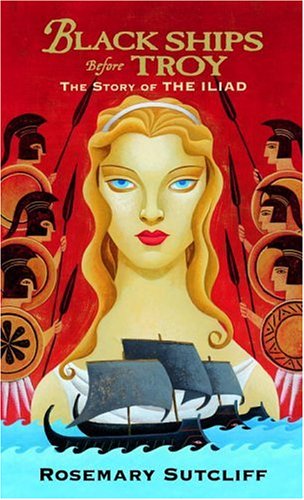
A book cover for Black Ships Before Troy: The Story of 'The Iliad'; Rosemary Sutcliff; Children's Books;